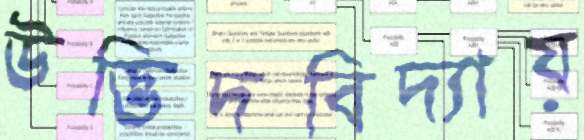
উদ্ভিদবিদ্যায়